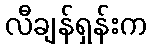
လီချန်ရှန်းက